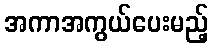
အကာအကွယ်ပေးမည့်